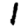
Digit: 1